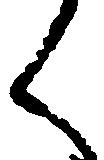
く